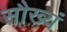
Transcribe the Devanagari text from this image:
सौख्यं